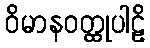
ဝိမာနဝတ္ထုပါဠိ